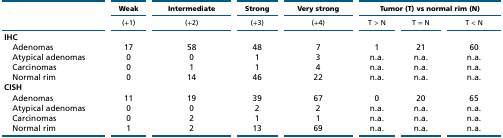
<table><thead><tr><td rowspan="2"></td><td><b>Weak</b></td><td><b>Intermediate</b></td><td><b>Strong</b></td><td><b>Very strong</b></td><td colspan="3"><b>Tumor (T) vs normal rim (N)</b></td></tr><tr><td><b>(+1)</b></td><td><b>(+2)</b></td><td><b>(+3)</b></td><td><b>(+4)</b></td><td><b>T &gt; N</b></td><td><b>T = N</b></td><td><b>T &lt; N</b></td></tr></thead><tbody><tr><td>IHC</td><td></td><td></td><td></td><td></td><td></td><td></td><td></td></tr><tr><td> Adenomas</td><td>17</td><td>58</td><td>48</td><td>7</td><td>1</td><td>21</td><td>60</td></tr><tr><td> Atypical adenomas</td><td>0</td><td>0</td><td>1</td><td>3</td><td>n.a.</td><td>n.a.</td><td>n.a.</td></tr><tr><td> Carcinomas</td><td>0</td><td>1</td><td>1</td><td>4</td><td>n.a.</td><td>n.a.</td><td>n.a.</td></tr><tr><td> Normal rim</td><td>0</td><td>14</td><td>46</td><td>22</td><td>n.a.</td><td>n.a.</td><td>n.a.</td></tr><tr><td>CISH</td><td></td><td></td><td></td><td></td><td></td><td></td><td></td></tr><tr><td> Adenomas</td><td>11</td><td>19</td><td>39</td><td>67</td><td>0</td><td>20</td><td>65</td></tr><tr><td> Atypical adenomas</td><td>0</td><td>0</td><td>2</td><td>2</td><td>n.a.</td><td>n.a.</td><td>n.a.</td></tr><tr><td> Carcinomas</td><td>0</td><td>2</td><td>1</td><td>1</td><td>n.a.</td><td>n.a.</td><td>n.a.</td></tr><tr><td> Normal rim</td><td>1</td><td>2</td><td>13</td><td>69</td><td>n.a.</td><td>n.a.</td><td>n.a.</td></tr></tbody></table>